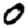
Digit: 0